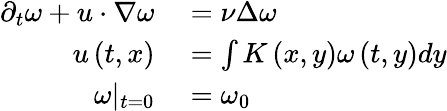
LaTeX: \begin{array}{rl}{\partial_{t}\omega+u\cdot\nabla\omega}&{{}=\nu\Delta\omega}\\ {u\left(t,x\right)}&{{}=\int K\left(x,y\right)\omega\left(t,y\right)dy}\\ {\omega|_{t=0}}&{{}=\omega_{0}}\end{array}